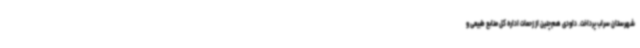
شهرستان سراب پرداخت. داودی هم‌چنین از زحمات اداره کل منابع طبیعی و